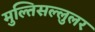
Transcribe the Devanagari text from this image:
मुल्तिसल्लुलर